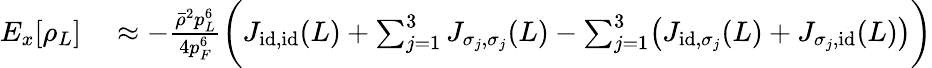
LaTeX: \begin{array}{rl}{E_{x}[\rho_{L}]}&{{}\approx-\frac{\bar{\rho}^{2}p_{L}^{6}}{4p_{F}^{6}}\biggr(J_{\textnormal{id},\textnormal{id}}(L)+\sum_{j=1}^{3}J_{\sigma_{j},\sigma_{j}}(L)-\sum_{j=1}^{3}\bigr(J_{\textnormal{id},\sigma_{j}}(L)+J_{\sigma_{j},\textnormal{id}}(L)\bigr)\biggr)}\end{array}